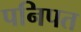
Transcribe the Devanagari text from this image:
पनिपत